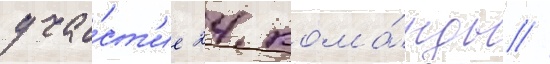
уча́ст'ие 24 кома́нды //